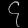
Digit: ၄